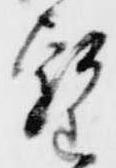
懇